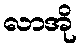
လာအို